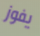
يفوز